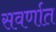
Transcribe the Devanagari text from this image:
सवर्णात